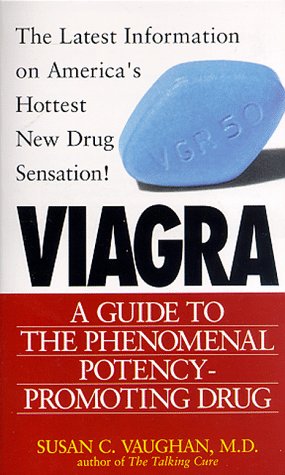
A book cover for Viagra : A Guide to the Phenomenal Potency-Promoting Drug; Susan Vaughan; Health, Fitness & Dieting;